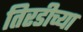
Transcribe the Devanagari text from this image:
तिरडीच्या